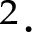
^ { 2 } \cdot